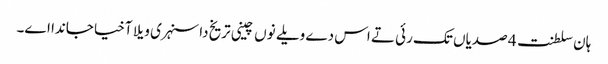
ہان سلطنت 4 صدیاں تک رئی تے اس دے ویلے نوں چینی تریخ دا سنہری ویلا آخیا جاندا اے۔